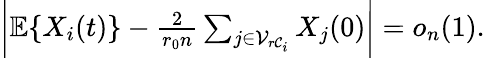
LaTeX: \begin{array}{r}{\bigg|\mathbb{E}\{ X_{i}(t)\} -\frac{2}{r_{0}n}\sum_{j\in\mathcal{V}_{r\mathcal{C}_{i}}}X_{j}(0)\bigg|=o_{n}(1).}\end{array}